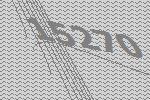
15270